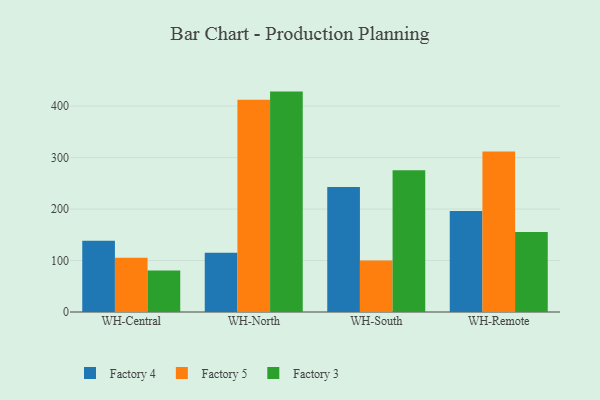
{"axis": {"x": "Warehouse", "y": "Energy Usage (MWh)"}, "legend": ["Factory 3", "Factory 4", "Factory 5"], "data": [{"x": "WH-Central", "y": 138.5, "type": "Factory 4"}, {"x": "WH-Central", "y": 105.4, "type": "Factory 5"}, {"x": "WH-Central", "y": 80.4, "type": "Factory 3"}, {"x": "WH-North", "y": 115.1, "type": "Factory 4"}, {"x": "WH-North", "y": 412.4, "type": "Factory 5"}, {"x": "WH-North", "y": 428.2, "type": "Factory 3"}, {"x": "WH-South", "y": 243.0, "type": "Factory 4"}, {"x": "WH-South", "y": 100.2, "type": "Factory 5"}, {"x": "WH-South", "y": 275.4, "type": "Factory 3"}, {"x": "WH-Remote", "y": 196.4, "type": "Factory 4"}, {"x": "WH-Remote", "y": 312.0, "type": "Factory 5"}, {"x": "WH-Remote", "y": 155.3, "type": "Factory 3"}]}